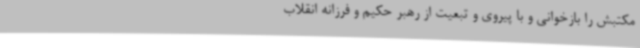
مکتبش را بازخوانی و با پیروی و تبعیت از رهبر حکیم و فرزانه انقلاب